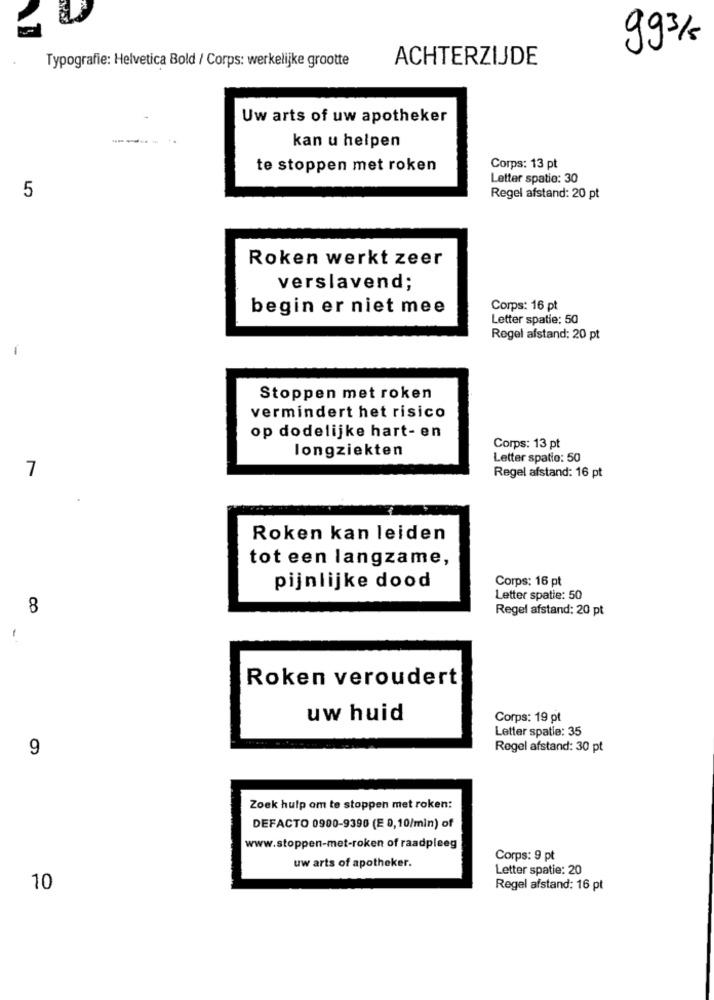
993/
Typografie: Helvetica Bold / Corps: werkelijke grootte
ACHTERZIJDE
Uw arts of uw apotheker
kan u helpen
te stoppen met roken
Corps: 13 pt
Letter spatio: 30
5
Regel afstand: 20 pt
Roken werkt zeer
verslavend;
begin er niet mee
Corps: 16 pt
Letter spatie: 50
Regel afstand: 20 pt
Stoppen met roken
vermindert het risico
op dodelijke hart- en
longziekten
Corps: 13 pt
Letter spatio: 50
7
Regel afstand: 16 pt
Roken kan leiden
tot een langzame,
Corps: 16 pt
pijnlijke dood
Letter spatie: 50
8
Regel afstand: 20 pt
Roken veroudert
uw huid
Corps: 19 pt
Letter spatie: 35
9
Regel afstand: 30 pt
Zoek hulp om te stoppen met roken:
DEFACTO 0900-9390 (E 0,10/min) of
www.stoppen-met-roken of raadpleeg
uw arts of apotheker.
Corps: 9 pt
Letter spatie: 20
10
Regel afstand: 16 pt